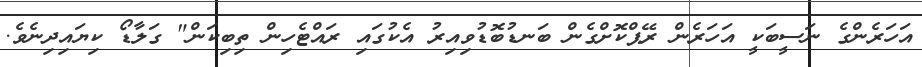
އަހަރެންގެ ނަސީބަކީ އަހަރެން ރޭޕްކޮށްގެން ބަނޑުބޮޑުވިއިރު އެކުގައި ރައްޓެހިން ތިބިކަން" ގަލާޑޯ ކިޔައިދިނެވެ.